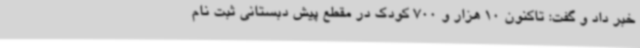
خبر داد و گفت: تاکنون 10 هزار و 700 کودک در مقطع پیش دبستانی ثبت نام